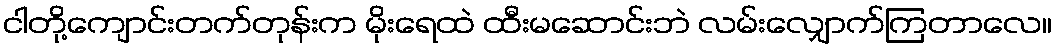
ငါတို့ကျောင်းတက်တုန်းက မိုးရေထဲ ထီးမဆောင်းဘဲ လမ်းလျှောက်ကြတာလေ။